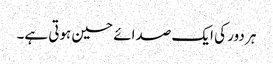
ہر دور کی ایک صدائے حسین ہوتی ہے۔